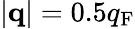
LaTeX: |{\mathbf q}|=0.5q_{\mathrm{F}}